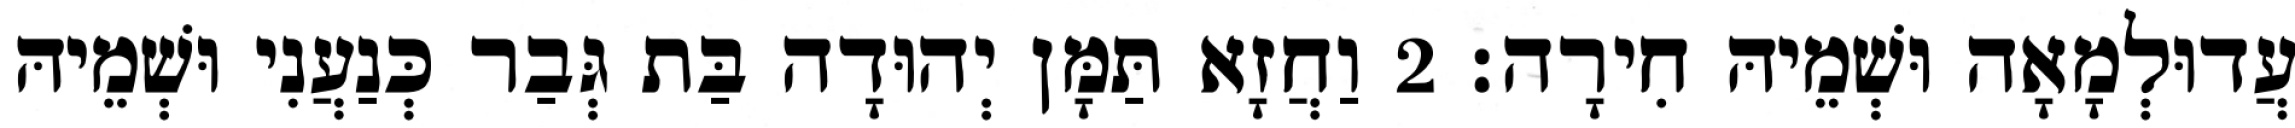
עֲדוּלְמָאָה וּשְׁמֵיהּ חִירָה׃ 2 וַחֲזָא תַּמָּן יְהוּדָה בַּת גְּבַר כְּנַעֲנִי וּשְׁמֵיהּ